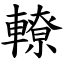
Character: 轑